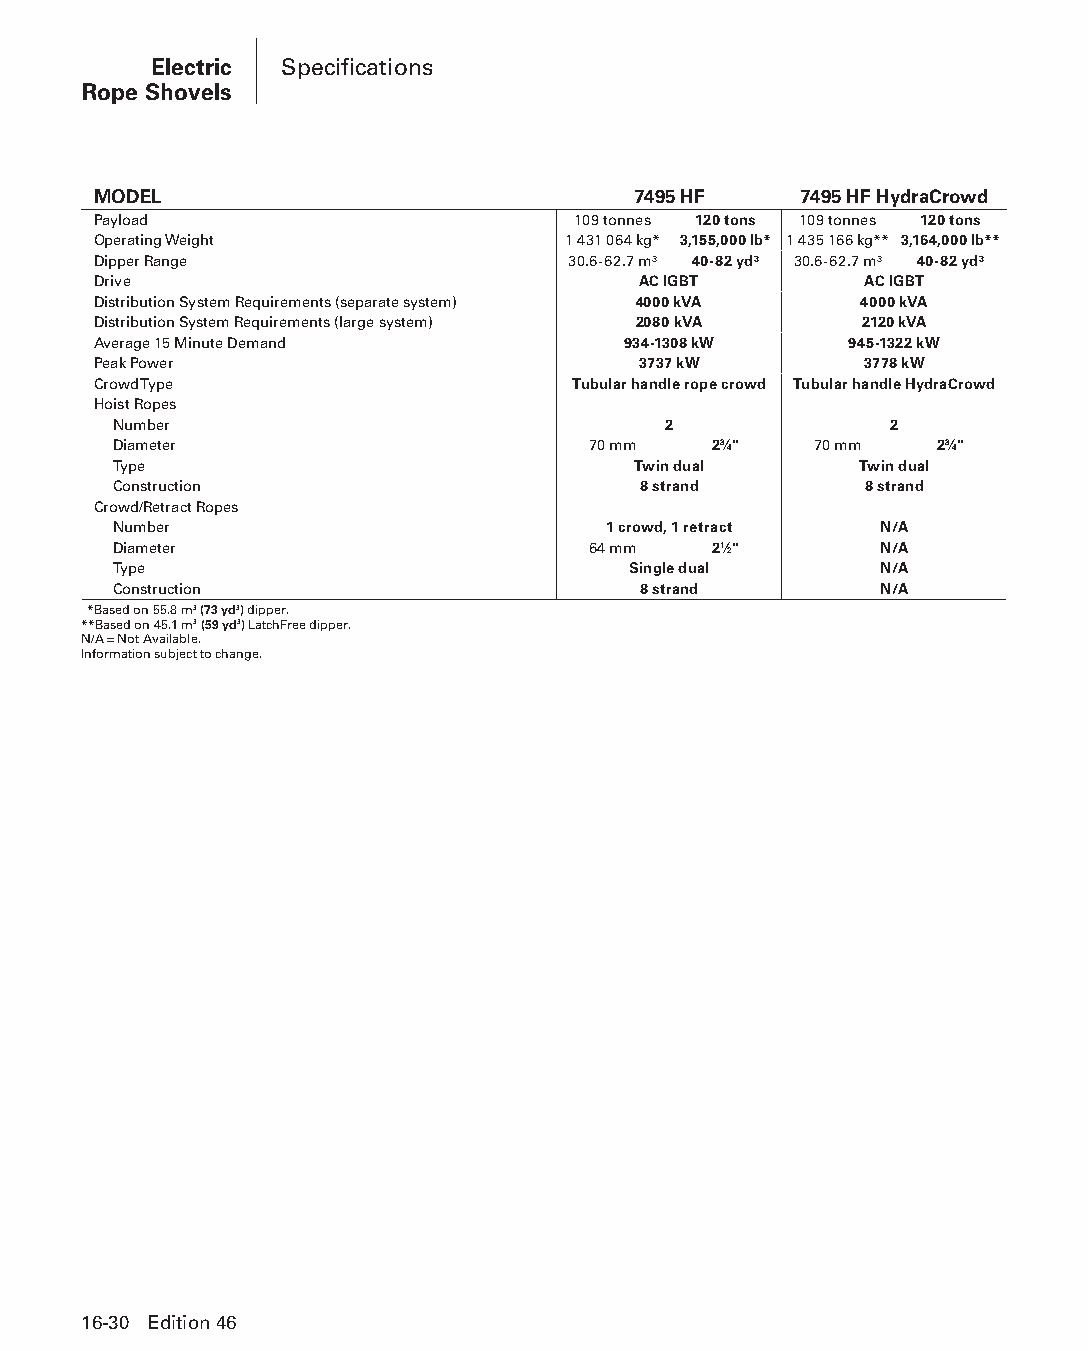
Electric Specifications
 Rope Shovels
 MODEL                              7495 HF    7495 HF HydraCrowd
 Payload                        109 tonnes 120 tons 109 tonnes 120 tons
 Operating Weight               1 431 064 kg* 3,155,000 lb* 1 435 166 kg** 3,164,000 lb**
 Dipper Range                   30.6-62.7 m³ 40-82 yd³ 30.6-62.7 m³ 40-82 yd³
 Drive                               AC IGBT        AC IGBT
 Distribution System Requirements (separate system) 4000 kVA 4000 kVA
 Distribution System Requirements (large system) 2080 kVA 2120 kVA
 Average 15 Minute Demand           934-1308 kW    945-1322 kW
 Peak Power                          3737 kW        3778 kW
 Crowd Type                     Tubular handle rope crowd Tubular handle HydraCrowd
 Hoist Ropes
 Number                              2              2
 Diameter                       70 mm    23⁄4" 70 mm   23⁄4"
 Type                              Twin dual      Twin dual
 Construction                       8 strand       8 strand
 Crowd/Retract Ropes
 Number                          1 crowd, 1 retract N/A
 Diameter                       64 mm    21⁄2"      N/A
 Type                              Single dual      N/A
 Construction                       8 strand        N/A
 *Based on 55.8 m3 (73 yd3) dipper.
 **Based on 45.1 m3 (59 yd3) LatchFree dipper.
 N/A = Not Available.
 Information subject to change.
 16-30 Edition 46
 PPHHBB--SSeecc1166--EElleeccttrriiccRRooppeeSShhoovveellss((ppgg002255--004488))..iinndddd 3300 1122//44//1155 1100::5533 AAMM